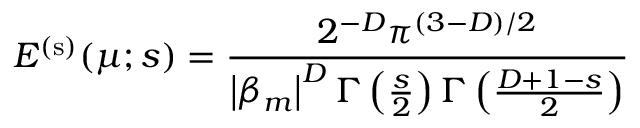
E ^ { \mathrm { ( s ) } } ( \mu ; s ) = \frac { 2 ^ { - D } \pi ^ { ( 3 - D ) / 2 } } { \left| \beta _ { m } \right| ^ { D } \Gamma \left( \frac { s } { 2 } \right) \Gamma \left( \frac { D + 1 - s } { 2 } \right) }